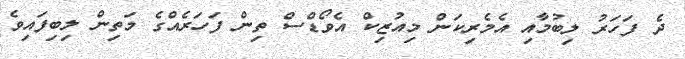
ދެ ފަހަރު ލިބުމާއި އެމެރިކަން މިއުޒިކް އެވޯޑްސް ތިން ފަހަރެއްގެ މަތިން ލިބިފައިވެ